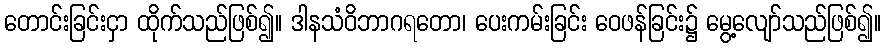
တောင်းခြင်းငှာ ထိုက်သည်ဖြစ်၍။ ဒါနသံဝိဘာဂရတော၊ ပေးကမ်းခြင်း ဝေဖန်ခြင်း၌ မွေ့လျော်သည်ဖြစ်၍။